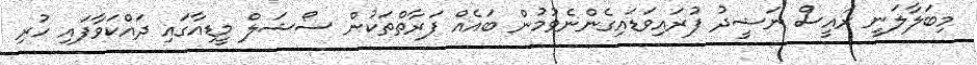
މިބަލާލަނީ ރައީސް ނަޝީދު ފުރައިވަޑައިގެންނެވުމުން ބައެއް ފަރާތްތަކުން ސޯޝަލް މީޑިއާގައި ދައްކަވާފައި ހުރި